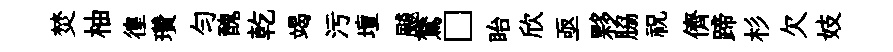
焚柚徨瓚匀醜乾竭污壇飇鷟□眙欣亟夥脇祝儕蹄杉欠妓